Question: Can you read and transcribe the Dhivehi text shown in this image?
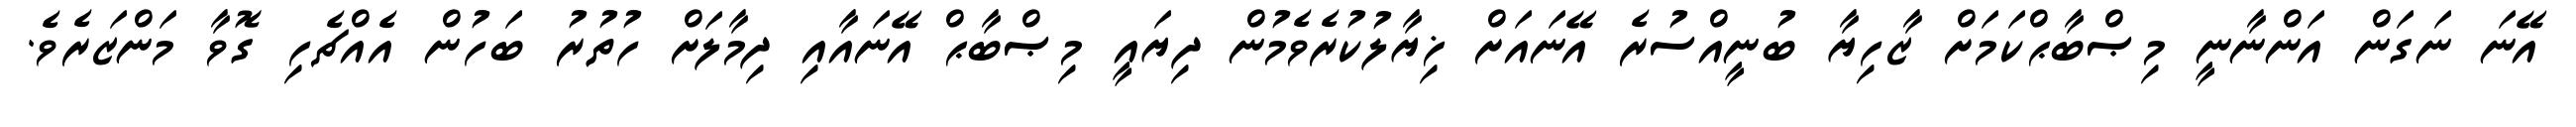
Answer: އޭނަ ނަގަން އަންނާނީ މިޞްބާޙްކަމަށް ޒާހިޔާ ބުނީއްސުރެ އޭނައަށް ޚިޔާލުކުރެވެމުން ދިޔައީ މިޞްބާޙް އޭނައާއި ދިމާލަށް ހުތުރު ބަހުން އެއްޗެހި ގޮވާ މަންޒަރެވެ.